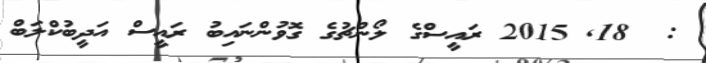
:  18